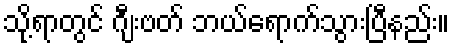
သို့ရာတွင် ဂျီးဗတ် ဘယ်ရောက်သွားပြီနည်း။